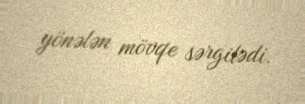
yönələn mövqe sərgilədi.